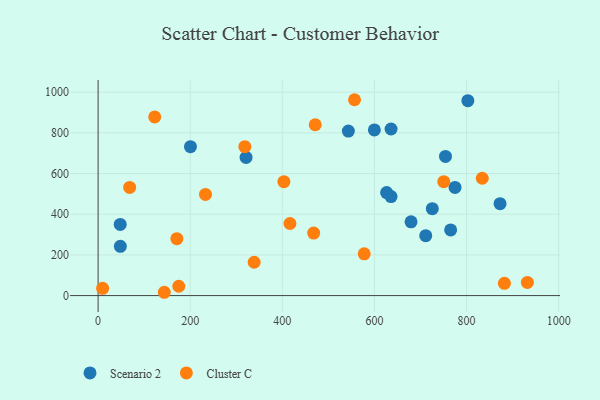
{"axis": {"x": "Engine Size", "y": "Rating"}, "legend": ["Cluster C", "Scenario 2"], "data": [{"x": "725.6", "y": 427.5, "type": "Scenario 2"}, {"x": "200.5", "y": 731.9, "type": "Scenario 2"}, {"x": "802.8", "y": 958.1, "type": "Scenario 2"}, {"x": "599.8", "y": 814.3, "type": "Scenario 2"}, {"x": "765.4", "y": 322.7, "type": "Scenario 2"}, {"x": "636.0", "y": 486.6, "type": "Scenario 2"}, {"x": "774.9", "y": 531.8, "type": "Scenario 2"}, {"x": "711.3", "y": 294.4, "type": "Scenario 2"}, {"x": "543.3", "y": 808.9, "type": "Scenario 2"}, {"x": "321.2", "y": 679.1, "type": "Scenario 2"}, {"x": "872.7", "y": 451.9, "type": "Scenario 2"}, {"x": "679.4", "y": 362.6, "type": "Scenario 2"}, {"x": "48.0", "y": 350.0, "type": "Scenario 2"}, {"x": "636.0", "y": 818.9, "type": "Scenario 2"}, {"x": "48.3", "y": 242.3, "type": "Scenario 2"}, {"x": "626.4", "y": 506.6, "type": "Scenario 2"}, {"x": "754.2", "y": 684.2, "type": "Scenario 2"}, {"x": "68.5", "y": 531.8, "type": "Cluster C"}, {"x": "468.0", "y": 307.5, "type": "Cluster C"}, {"x": "750.5", "y": 560.0, "type": "Cluster C"}, {"x": "834.1", "y": 576.9, "type": "Cluster C"}, {"x": "171.0", "y": 279.9, "type": "Cluster C"}, {"x": "882.1", "y": 60.2, "type": "Cluster C"}, {"x": "577.8", "y": 205.3, "type": "Cluster C"}, {"x": "556.7", "y": 962.9, "type": "Cluster C"}, {"x": "143.7", "y": 16.3, "type": "Cluster C"}, {"x": "318.6", "y": 732.0, "type": "Cluster C"}, {"x": "175.1", "y": 46.0, "type": "Cluster C"}, {"x": "122.9", "y": 878.2, "type": "Cluster C"}, {"x": "471.4", "y": 839.9, "type": "Cluster C"}, {"x": "403.4", "y": 559.8, "type": "Cluster C"}, {"x": "233.1", "y": 497.4, "type": "Cluster C"}, {"x": "416.5", "y": 354.3, "type": "Cluster C"}, {"x": "338.8", "y": 163.8, "type": "Cluster C"}, {"x": "9.8", "y": 35.8, "type": "Cluster C"}, {"x": "932.0", "y": 64.6, "type": "Cluster C"}]}